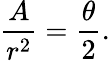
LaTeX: {\frac{A}{r^{2}}}={\frac{\theta}{2}}.